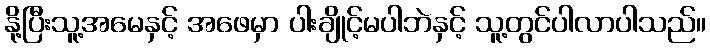
နို့ပြီးသူ့အမေနှင့် အဖေမှာ ပါးချိုင့်မပါဘဲနှင့် သူ့တွင်ပါလာပါသည်။